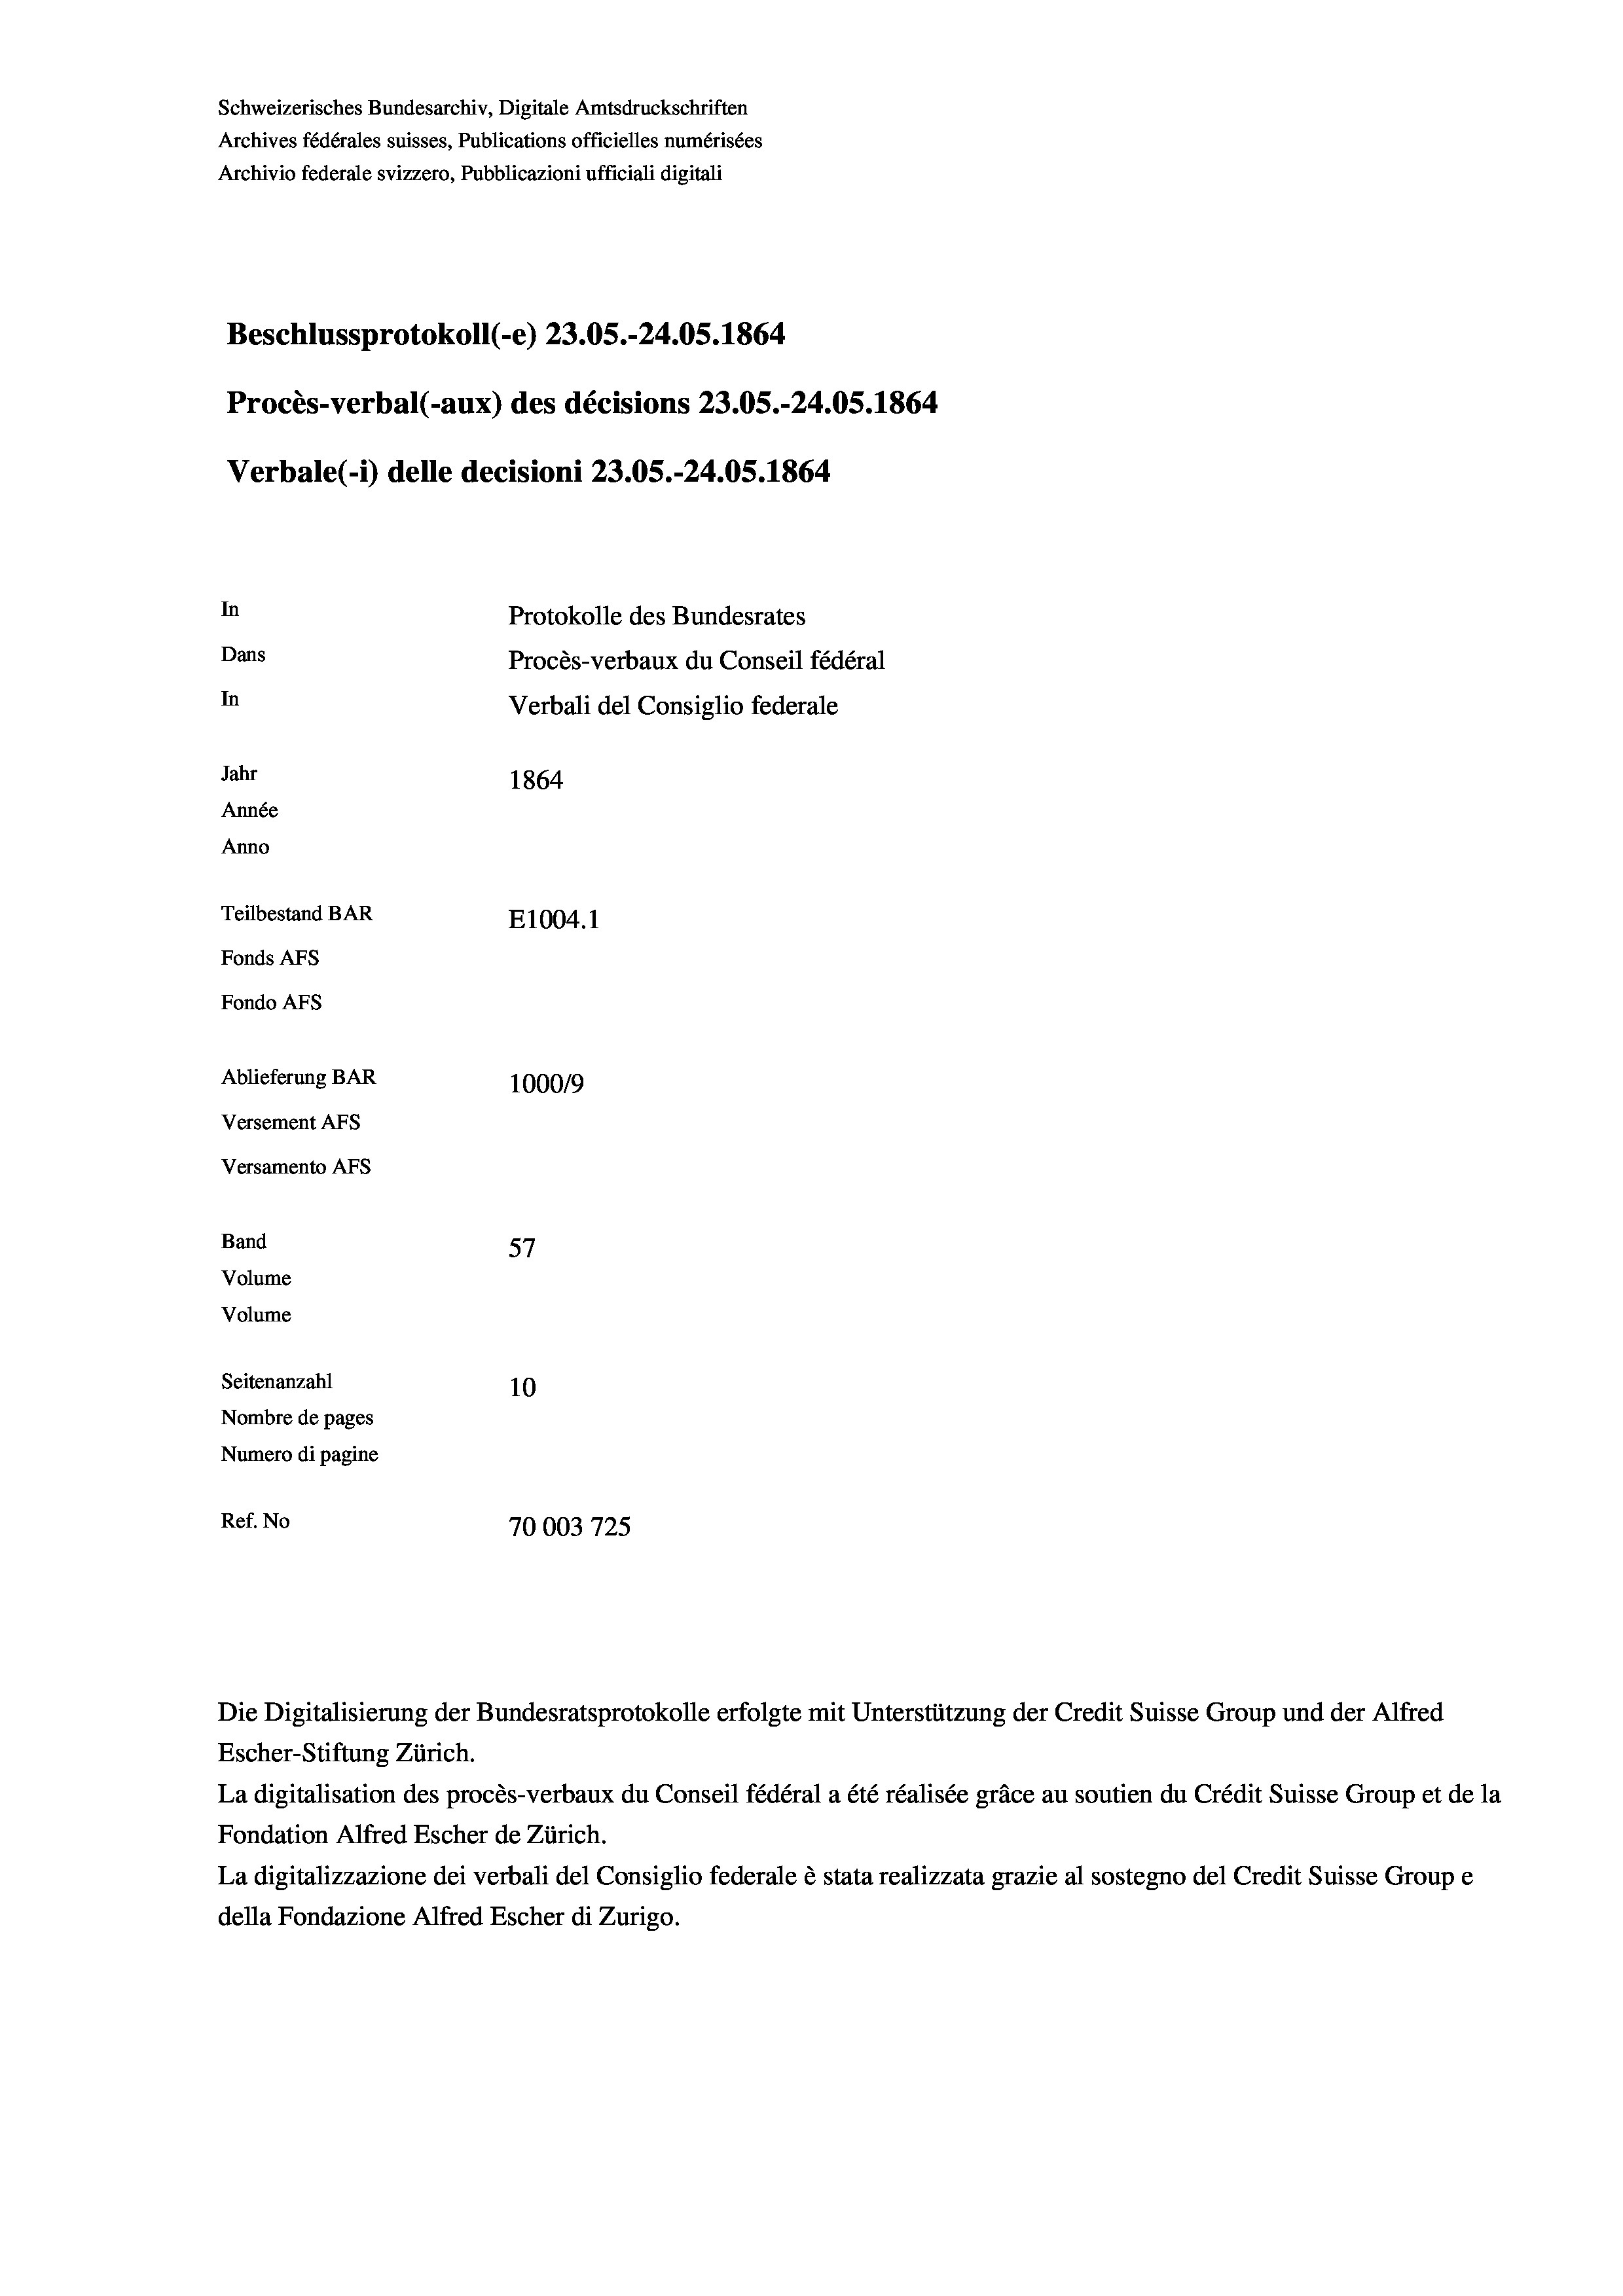
Schweizerisches Bundesarchiv, Digitale Amtsdruckschriften
Archives fédérales suisses, Publications officielles numérisées
Archivio federale svizzero, Pubblicazioni ufficiali digitali
Beschlussprotokoll (-e) 23.05.-24.05. 1864
Procès-verbal (-aux) des décisions 23.05.-24.05. 1864
Verbale(-*) delle decisioni 23.05.-24.05. 1864
In
Protokolle des Bundesrates
Dans
Procès-verbaux du Conseil fédéral
In
Verbali del Consiglio federale
Jahr
1864
Année
Anno
Teilbestand BAR
E1004.1
Fonds AFs
Fondo AFS
Ablieferung BAR
100019
Versement AFs
Versamento AFs
Band
57
Volume
Volume
Seitenanzahl
10
Nombre de pages
Numero di pagine
Ref. No
10003725

La digitalisation des procès-verbaux du Conseil fédéral a été réalisée gräce au soutien du Crédit Suisse Group et de la
Fondation Alfred Escher de Zürich.
La digitalizzazione dei verbali del Consiglio federale è stata realizzata grazie al sostegno del Credit Suisse Groupe
della Fondazione Alfred Escher di Zurigo.

Die Digitalisierung der Bundesratsprotokolle erfolgte mit Unterstützung der Credit Suisse Group und der Alfred
Escher-Stiftung Zürich.